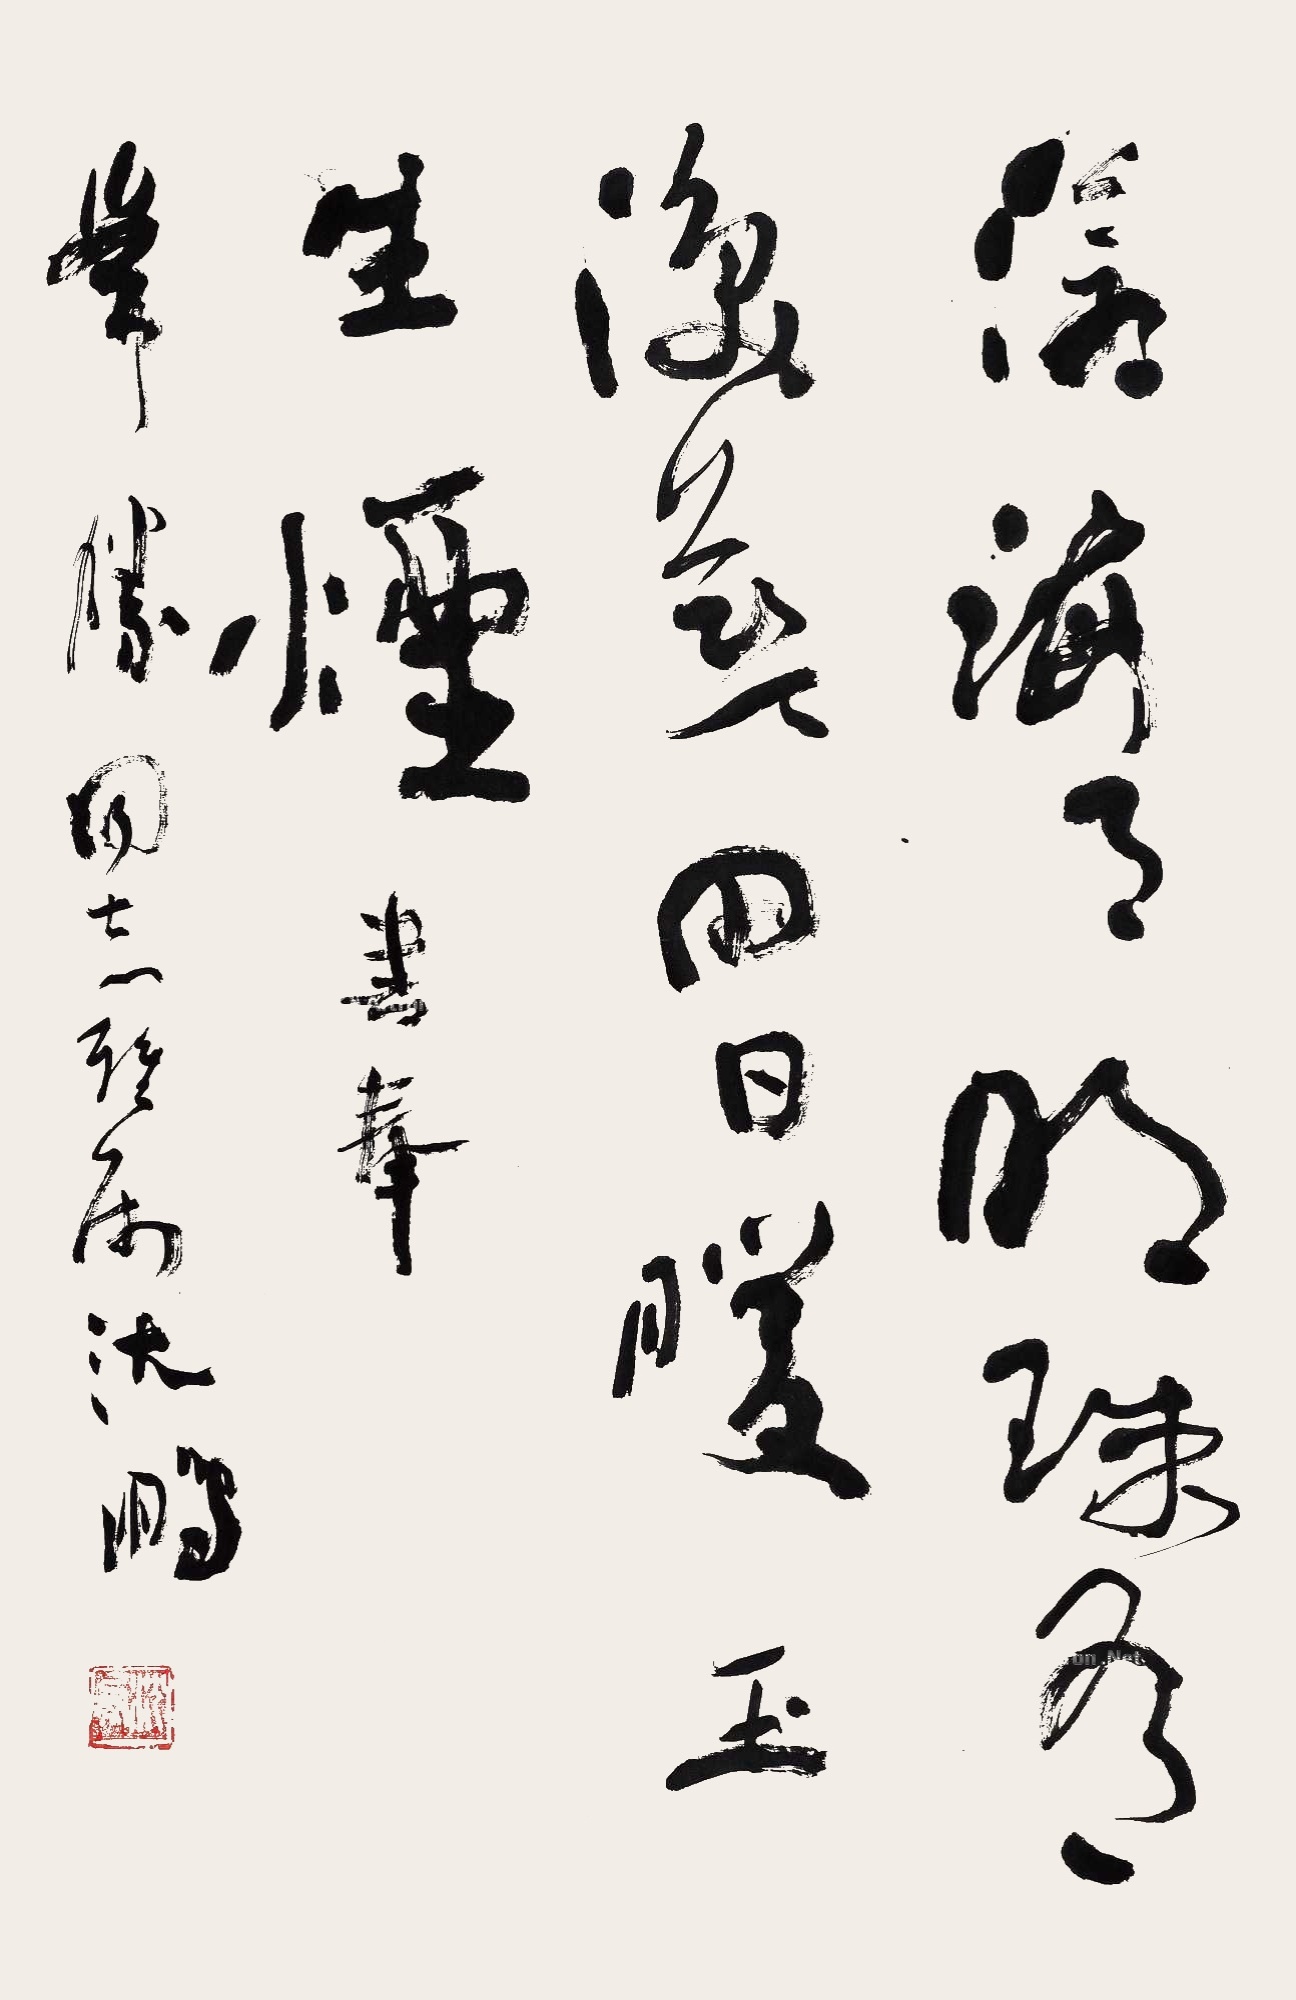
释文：沧海月明珠有泪，蓝田日暖玉生烟。书奉常胜同志雅属。沈鹏。